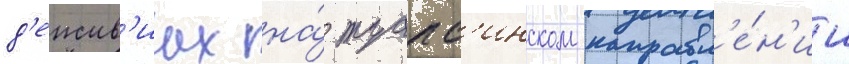
д'еиств'иах на́ туапс'инском направл'е́н'ии